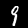
Digit: 9